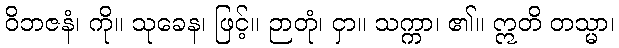
ဝိဘဇနံ၊ ကို။ သုခေန၊ ဖြင့်။ ဉာတုံ၊ ငှာ။ သက္ကာ၊ ၏။ ဣတိ တသ္မာ၊